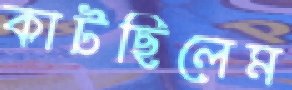
কাটছিলেম